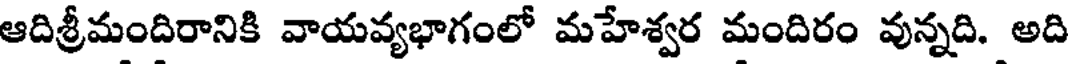
ఆదిశ్రీమందిరానికి వాయవ్యభాగంలో మహేశ్వర మందిరం వున్నది. అది